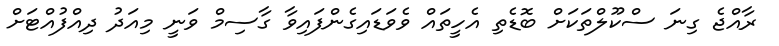
ރާއްޖެ ގިނަ ސްކޫލްތަކަށް ބޮޑެތި އެހީތައް ވެވަޑައިގެންފައިވާ ގާސިމް ވަނީ މިއަދު ދިއްފުއްޓަށް